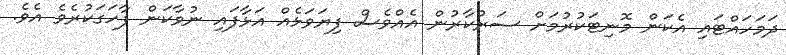
ދަމަހައްޓައި އެކަން މޮނިޓަކުރުމަށް ސަރުކާރުން އެއްވެސް ފިޔަވަޅެއް އަޅާފައި ނުވާކަން ފާހަގަކުރެވެ އެވެ.